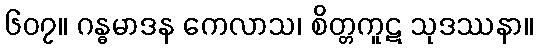
၆၀၇။ ဂန္ဓမာဒန ကေလာသ၊ စိတ္တကူဋ သုဒဿနာ။